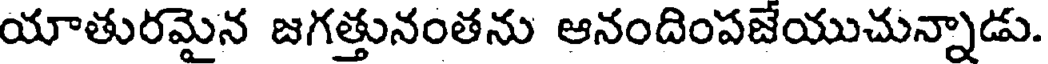
యాతురమైన జగత్తునంతను ఆనందింపజేయుచున్నాడు.